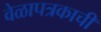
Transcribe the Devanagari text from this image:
वेळापत्रकाची